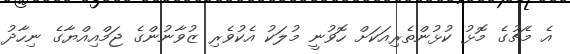
އެ މެޗުގެ މޮޅު ކުޅުންތެރިއަކަށް ހޮވުނީ މުލަކު އެކުވެރި ޒުވާނުންގެ ޖަމްއިއްޔާގެ ނިހާދު